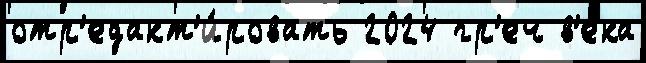
отр'едакт'и́ровать 2024 гр'еч в'е́ка